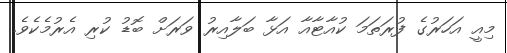
މިއީ އަހަރުގެ ފުރަތަމަ ކުއާޓާއާ އަޅާ ބަލާއިރު ވަރަށް ބޮޑު ކުރި އެރުމެކެވެ.